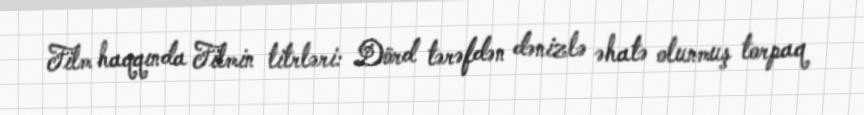
Film haqqında Filmin titrləri: Dörd tərəfdən dənizlə əhatə olunmuş torpaq